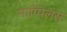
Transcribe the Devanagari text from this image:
माप्पिलस्